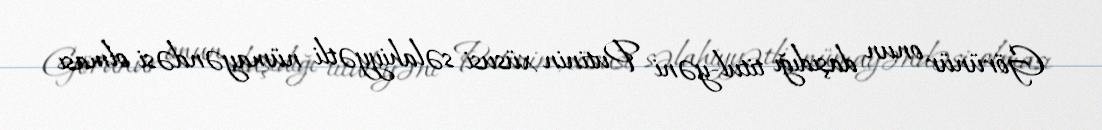
Görünür onun daşıdığı titul-yəni Putinin xüsusi səlahiyyətli nümayəndəsi olması